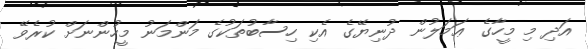
އަދި މި މީހާގެ ޢަމަލުން ދުނިޔޭގެ އެކި ހިސާބުތަކުގެ މަންމަނު މީހުންނަށް ކުރެވޭ